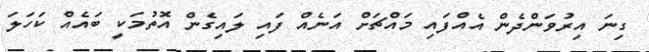
ގިނަ އިރުވަންދެން އެއްފައި މައްޗަށް އަނެއް ފައި ލައިގެން އޮތުމަކީ ބައެއް ކަހަލަ